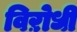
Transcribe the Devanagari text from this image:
विऱोधी